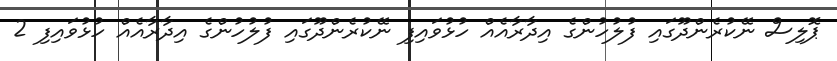
ޕޮލިސް ނޭކުރެންދޫގައި ފުލުހުންގެ އިދާރާއެއް ހުޅުވައިފި ނޭކުރެންދޫގައި ފުލުހުންގެ އިދާރާއެއް ހުޅުވައިފި 2